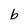
Character: b